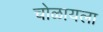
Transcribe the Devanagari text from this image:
चोळायला